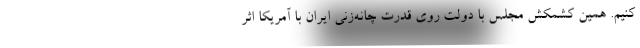
کنیم. همین کشمکش مجلس با دولت روی قدرت چانه‌زنی ایران با آمریکا اثر